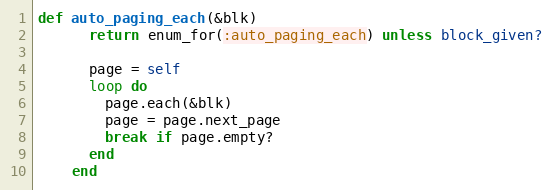
Language: Ruby
def auto_paging_each(&blk)
      return enum_for(:auto_paging_each) unless block_given?

      page = self
      loop do
        page.each(&blk)
        page = page.next_page
        break if page.empty?
      end
    end